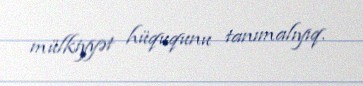
mülkiyyət hüququnu tanımalıyıq.